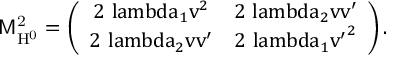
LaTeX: \mathrm { { \sf M } _ { H ^ { 0 } } ^ { 2 } = \left( \begin{array} { c c } { { 2 \ l a m b d a _ { 1 } v ^ { 2 } } } & { { 2 \ l a m b d a _ { 2 } v v ^ { \prime } } } \\ { { 2 \ l a m b d a _ { 2 } v v ^ { \prime } } } & { { 2 \ l a m b d a _ { 1 } { v ^ { \prime } } ^ { 2 } } } \end{array} \right) . }